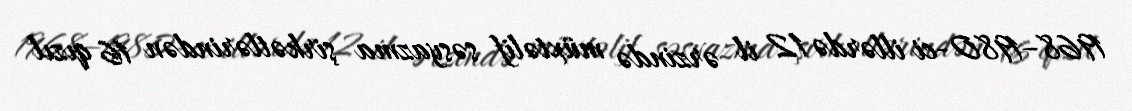
1968–1980-ci illərdə 12 il ərzində müxtəlif səsyazma şirkətlərindən 16 qızıl